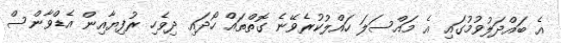
އެ ބައްދަލުވުމުގައި އެ މައްސަލަ ހައްލުކުރެވޭނެ ގޮތްތައް ހޯދައި ދިވެހި ރުފިޔާއިން އެޑްވާންސް